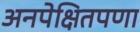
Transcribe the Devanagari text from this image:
अनपेक्षितपणा